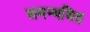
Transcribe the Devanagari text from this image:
समन्यवित